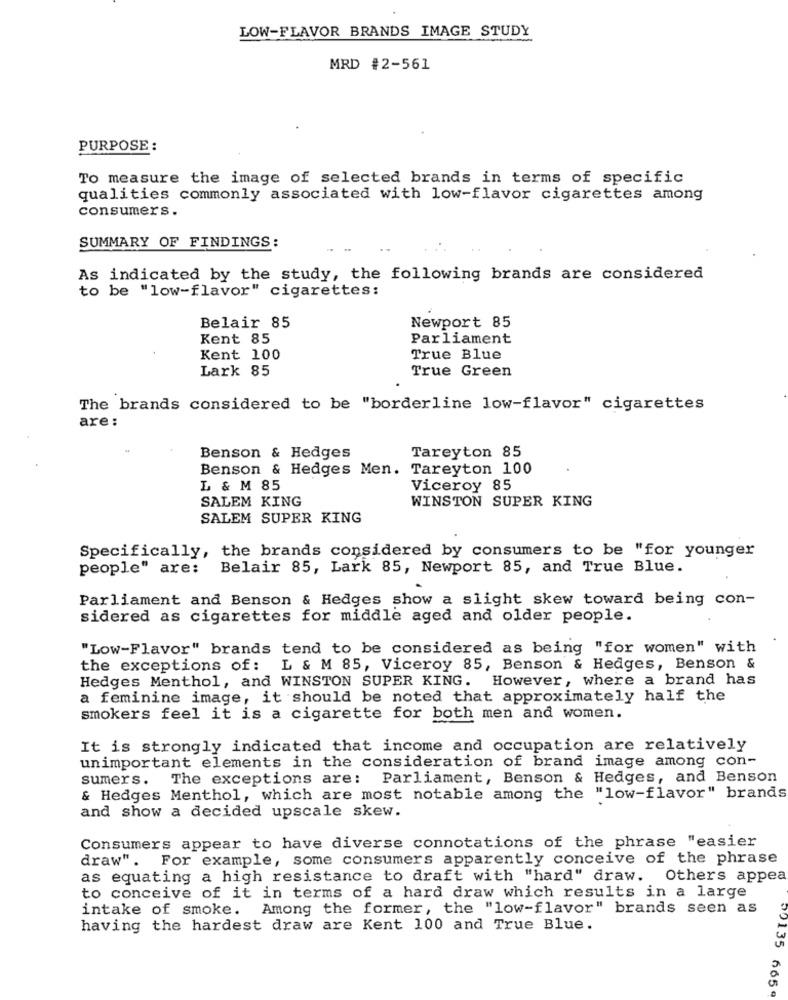
LOW-FLAVOR BRANDS IMAGE STUDY
MRD #2-561
PURPOSE:
To measure the image of selected brands in terms of specific
qualities commonly associated with low-flavor cigarettes among
consumers.
SUMMARY OF FINDINGS:
As indicated by the study, the following brands are considered
to be "low-flavor" cigarettes:
Belair 85
Newport 85
Kent 85
Parliament
Kent 100
True Blue
Lark 85
True Green
The brands considered to be "borderline low-flavor" cigarettes
are :
Tareyton 85
Benson & Hedges
Benson & Hedges Men. Tareyton 100
L & M 85
Viceroy 85
SALEM KING
WINSTON SUPER KING
SALEM SUPER KING
Specifically, the brands considered by consumers to be "for younger
people" are:
Belair 85, Lark 85, Newport 85, and True Blue.
Parliament and Benson & Hedges show a slight skew toward being con-
sidered as cigarettes for middle aged and older people.
"Low-Flavor" brands tend to be considered as being "for women" with
the exceptions of: L & M 85, Viceroy 85, Benson & Hedges, Benson &
Hedges Menthol, and WINSTON SUPER KING. However, where a brand has
a feminine image, it should be noted that approximately half the
smokers feel it is a cigarette for both men and women.
It is strongly indicated that income and occupation are relatively
unimportant elements in the consideration of brand image among con-
sumers. The exceptions are:
Parliament, Benson & Hedges, and Benson
& Hedges Menthol, which are most notable among the "low-flavor" brands
and show a decided upscale skew.
Consumers appear to have diverse connotations of the phrase "easier
draw". For example, some consumers apparently conceive of the phrase
as equating a high resistance to draft with "hard" draw. Others appea
to conceive of it in terms of a hard draw which results in a large
intake of smoke. Among the former, the "low-flavor" brands seen as
having the hardest draw are Kent 100 and True Blue.
00135 665 9